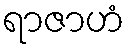
ရာဇာဟံ